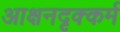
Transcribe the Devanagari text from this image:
आक्षनदृक्कर्म